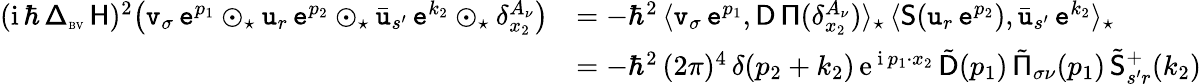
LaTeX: \begin{array}{rl}{({\mathrm{i}}\, \hbar\, {\mathsf\Delta}_{\textrm{\tiny BV}}\, \mathsf{H})^{2}\big(\mathtt{v}_{\sigma}\, \mathtt{e}^{p_{1}}\odot_{\star}\mathtt{u}_{r}\, \mathtt{e}^{p_{2}}\odot_{\star}\bar{\mathtt{u}}_{s^{\prime}}\, \mathtt{e}^{k_{2}}\odot_{\star}\delta_{x_{2}}^{A_{\nu}}\big)}&{=-\hbar^{2}\, \langle\mathtt{v}_{\sigma}\, \mathtt{e}^{p_{1}},\mathsf{D}\, \mathsf{\Pi}(\delta_{x_{2}}^{A_{\nu}})\rangle_{\star}\, \langle\mathsf{S}(\mathtt{u}_{r}\, \mathtt{e}^{p_{2}}),\bar{\mathtt{u}}_{s^{\prime}}\, \mathtt{e}^{k_{2}}\rangle_{\star}}\\ &{=-\hbar^{2}\, (2\pi)^{4}\, \delta(p_{2}+k_{2})\, {\mathrm{e}}^{\, {\mathrm{i}}\, p_{1}\cdot x_{2}}\, \tilde{\mathsf{D}}(p_{1})\, \tilde{\mathsf{\Pi}}_{\sigma\nu}(p_{1})\, \tilde{\mathsf{S}}_{s^{\prime}r}^{+}(k_{2})}\end{array}